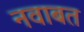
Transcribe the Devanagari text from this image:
नवाबत